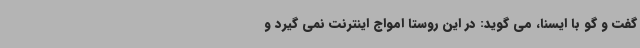
گفت و گو با ایسنا، می گوید: در این روستا امواج اینترنت نمی گیرد و